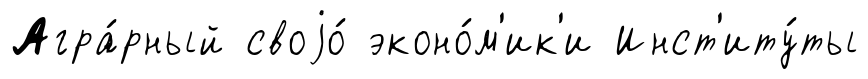
Агра́рный своjо́ эконо́м'ик'и Инст'иту́ты